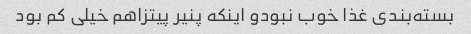
بسته‌بندی غذا خوب نبودو اینکه پنیر پیتزاهم خیلی کم بود